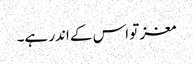
مغز تو اس کے اندر ہے۔